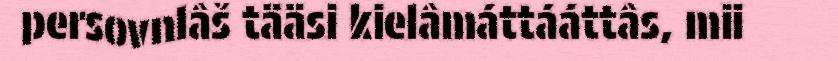
persovnlâš tääsi kielâmáttááttâs, mii